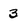
Character: 3